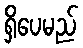
ရှိပေမည်